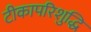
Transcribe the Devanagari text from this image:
टीकापरिशुद्धि